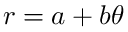
r = a + b \theta